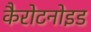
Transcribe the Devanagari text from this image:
कैरोटनोइड